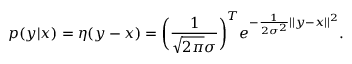
p ( y | x ) = \eta ( y - x ) = \bigg ( \frac { 1 } { \sqrt { 2 \pi } \sigma } \bigg ) ^ { T } e ^ { - \frac { 1 } { 2 \sigma ^ { 2 } } | | y - x | | ^ { 2 } } .